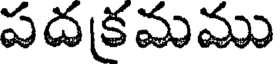
పదకమము